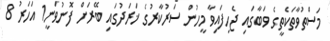
މަސްތުވާތަކެތީގެ ވަބާގައި ޖެހިފައިވާ މީހުން ސަރުކާރުގެ ޚަރަދުގައި ބޭރަށް ފޮނުވަނީ1 އަހަރު 8